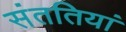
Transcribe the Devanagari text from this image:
संततियां